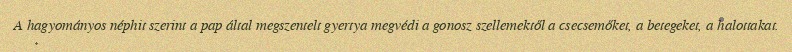
A hagyományos néphit szerint a pap által megszentelt gyertya megvédi a gonosz szellemektől a csecsemőket, a betegeket, a halottakat.